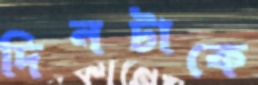
দিনটাকে